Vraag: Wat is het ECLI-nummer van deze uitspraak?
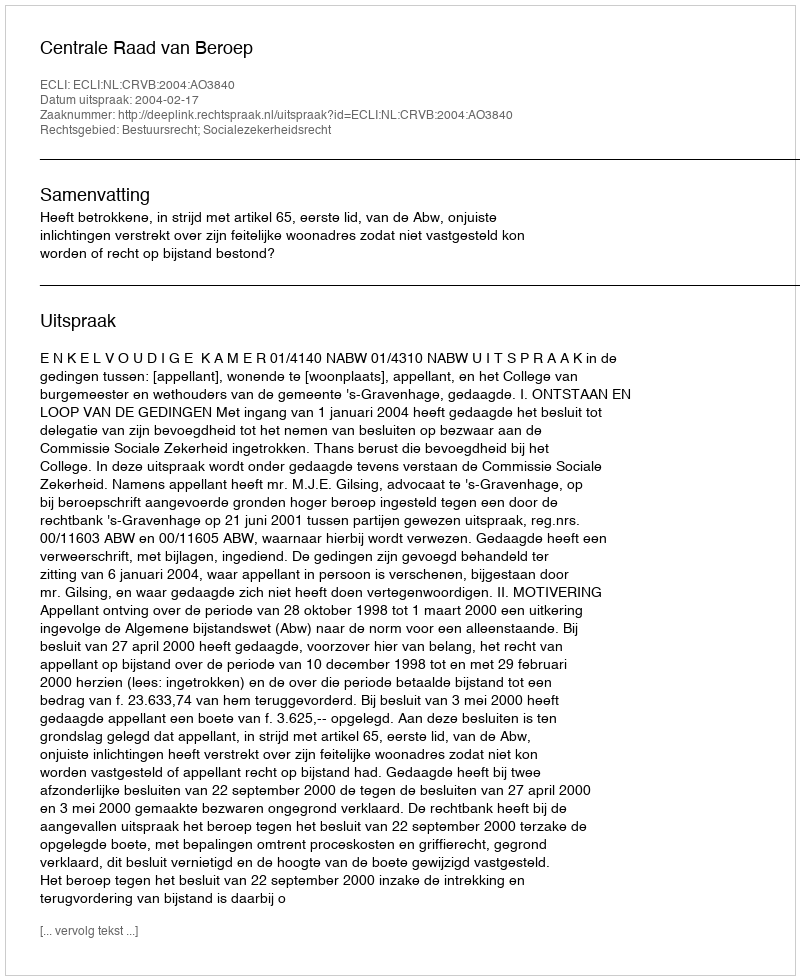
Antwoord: ECLI:NL:CRVB:2004:AO3840